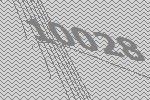
10028